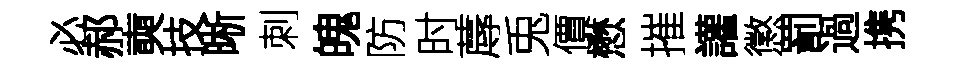
必郝奭技晰刺魄防时蓐兎價懋摧讙懲罰過携